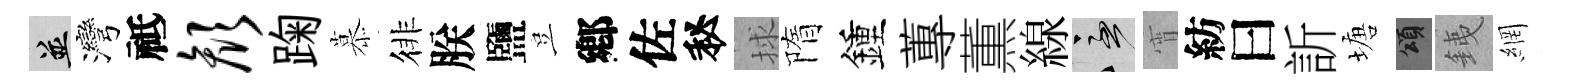
并灣祗颜踘慕徘朕鹽豈鄕佐秘捄隋鍾蓴薫線急宵紡曰訢塘頌銕網